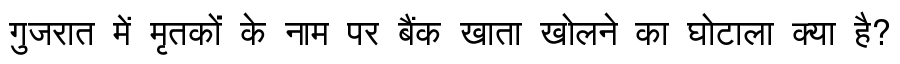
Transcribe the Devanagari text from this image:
गुजरात में मृतकों के नाम पर बैंक खाता खोलने का घोटाला क्या है?